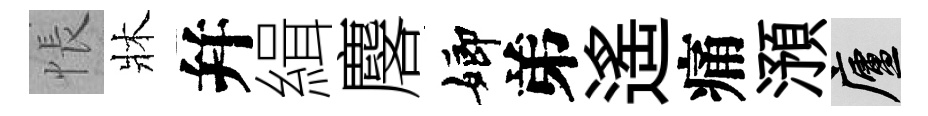
悵牀幷緝麐嫏弟遥痛澦廬